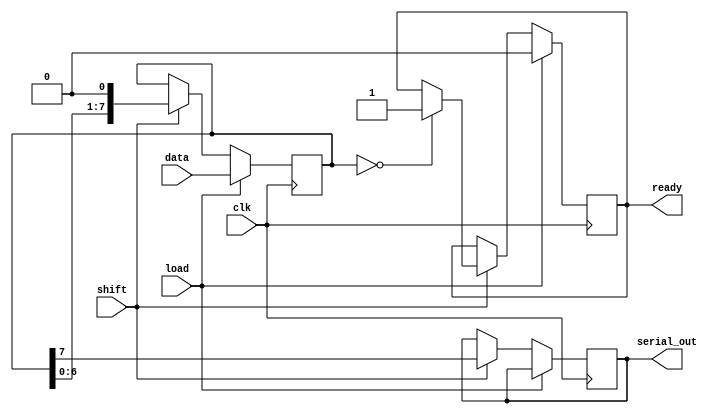
module PISO_Register (
    input wire clk,           // Clock signal
    input wire load,          // Load control signal
    input wire shift,         // Shift control signal
    input wire [N-1:0] data,  // Parallel input data bus
    output reg serial_out,     // Serial output
    output reg ready          // Ready signal to indicate when shifting is complete
);
    parameter N = 8;          // Width of the data input (number of flip-flops)
    
    reg [N-1:0] shift_reg;    // Shift register to hold the data

    always @(posedge clk) begin
        if (load) begin
            // Load data into the shift register
            shift_reg <= data;
            ready <= 1'b0;    // Not ready until shifting is complete
        end else if (shift) begin
            // Shift data out serially
            serial_out <= shift_reg[N-1]; // Output the MSB
            shift_reg <= {shift_reg[N-2:0], 1'b0}; // Shift left
            if (shift_reg == 0) begin
                ready <= 1'b1; // Set ready when all bits are shifted out
            end
        end
    end
endmodule